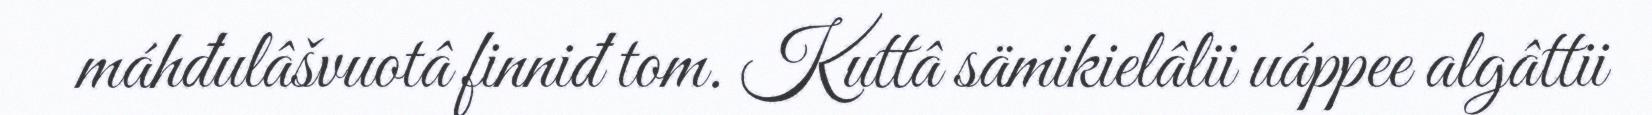
máhđulâšvuotâ finniđ tom. Kuttâ sämikielâlii uáppee algâttii